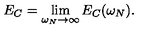
E _ { C } = \lim _ { \omega _ { N } \rightarrow \infty } E _ { C } ( \omega _ { N } ) .